Indian journal of veterinary science and animal husbandry - Volume 3,
Year: 1933
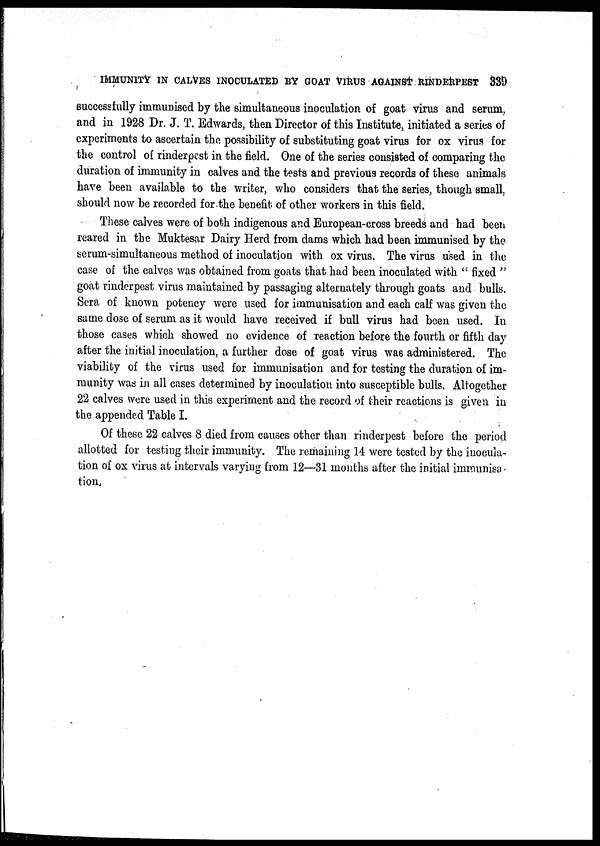
IMMUNITY IN CALVES INOCULATED BY GOAT VIRUS AGAINST RINDERPEST 339
successfully immunised by the simultaneous inoculation of goat virus and serum,
and in 1928 Dr. J. T. Edwards, then Director of this Institute, initiated a series of
experiments to ascertain the possibility of substituting goat virus for ox virus for
the control of rinderpest in the field. One of the series consisted of comparing the
duration of immunity in calves and the tests and previous records of these animals
have been available to the writer, who considers that the series, though small,
should now be recorded for the benefit of other workers in this field.
These calves were of both indigenous and European-cross breeds and had been
reared in the Muktesar Dairy Herd from dams which had been immunised by the
serum-simultaneous method of inoculation with ox virus. The virus used in the
case of the calves was obtained from goats that had been inoculated with " fixed "
goat rinderpest virus maintained by passaging alternately through goats and bulls.
Sera of known potency were used for immunisation and each calf was given the
same dose of serum as it would have received if bull virus had been used. In
those cases which showed no evidence of reaction before the fourth or fifth day
after the initial inoculation, a further dose of goat virus was administered. The
viability of the virus used for immunisation and for testing the duration of im-
munity was in all cases determined by inoculation into susceptible bulls. Altogether
22 calves were used in this experiment and the record of their reactions is given in
the appended Table I.
Of these 22 calves 8 died from causes other than rinderpest before the period
allotted for testing their immunity. The remaining 14 were tested by the inocula-
tion of ox virus at intervals varying from 12—31 months after the initial immunisa-
tion.